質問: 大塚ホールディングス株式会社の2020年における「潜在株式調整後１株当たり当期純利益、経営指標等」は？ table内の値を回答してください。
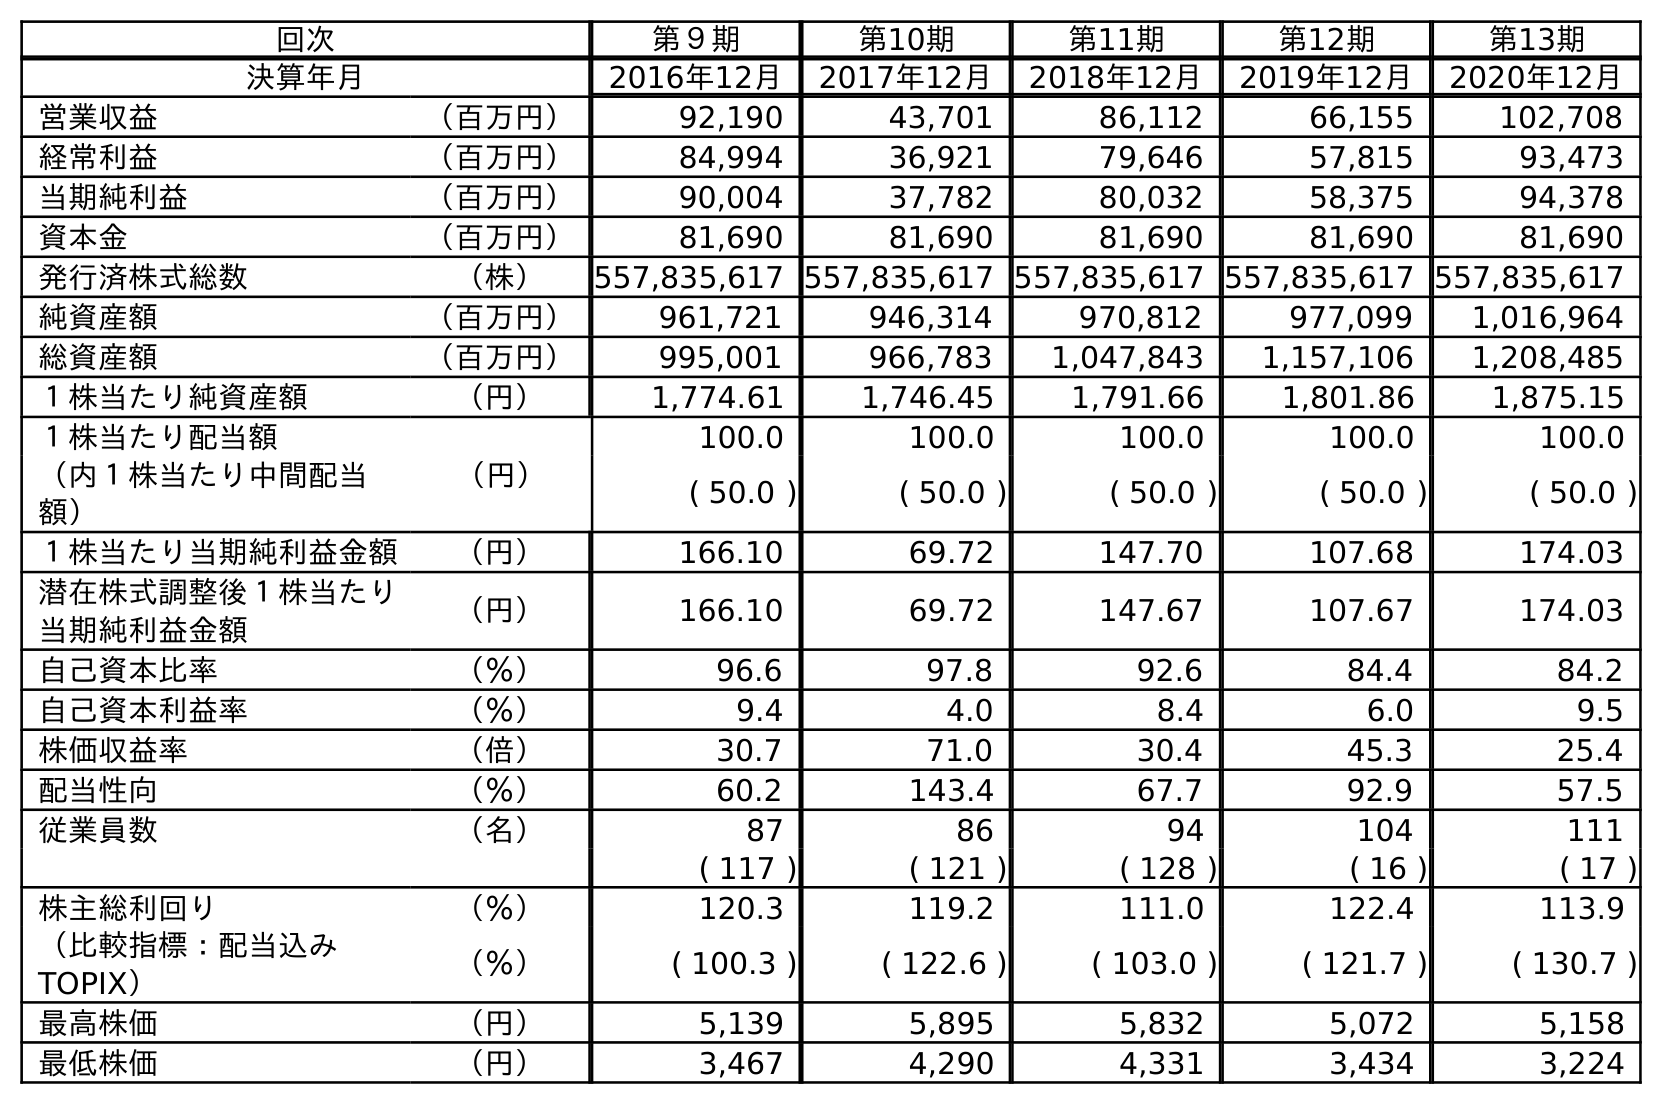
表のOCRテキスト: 回次 第９期 第10期 第11期 第12期 第13期 決算年月 2016年12月 2017年12月 2018年12月 2019年12月 2020年12月 営業収益 （百万円） 92,190 43,701 86,112 66,155 102,708 経常利益 （百万円） 84,994 36,921 79,646 57,815 93,473 当期純利益 （百万円） 90,004 37,782 80,032 58,375 94,378 資本金 （百万円） 81,690 81,690 81,690 81,690 81,690 発行済株式総数 （株） 557,835,617 557,835,617 557,835,617 557,835,617 557,835,617 純資産額 （百万円） 961,721 946,314 970,812 977,099 1,016,964 総資産額 （百万円） 995,001 966,783 1,047,843 1,157,106 1,208,485 １株当たり純資産額 （円） 1,774.61 1,746.45 1,791.66 1,801.86 1,875.15 １株当たり配当額 （円） 100.0 100.0 100.0 100.0 100.0 （内１株当たり中間配当 額） ( 50.0 ) ( 50.0 ) ( 50.0 ) ( 50.0 ) ( 50.0 ) １株当たり当期純利益金額 （円） 166.10 69.72 147.70 107.68 174.03 潜在株式調整後１株当たり 当期純利益金額 （円） 166.10 69.72 147.67 107.67 174.03 自己資本比率 （％） 96.6 97.8 92.6 84.4 84.2 自己資本利益率 （％） 9.4 4.0 8.4 6.0 9.5 株価収益率 （倍） 30.7 71.0 30.4 45.3 25.4 配当性向 （％） 60.2 143.4 67.7 92.9 57.5 従業員数 （名） 87 86 94 104 111 ( 117 ) ( 121 ) ( 128 ) ( 16 ) ( 17 ) 株主総利回り （％） 120.3 119.2 111.0 122.4 113.9 （比較指標：配当込み TOPIX） （％） ( 100.3 ) ( 122.6 ) ( 103.0 ) ( 121.7 ) ( 130.7 ) 最高株価 （円） 5,139 5,895 5,832 5,072 5,158 最低株価 （円） 3,467 4,290 4,331 3,434 3,224
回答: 174.03